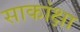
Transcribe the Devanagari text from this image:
साकांक्षा